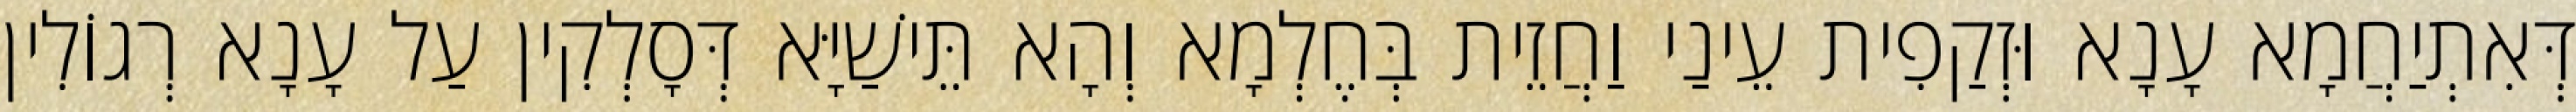
דְּאִתְיַחֲמָא עָנָא וּזְקַפִית עֵינַי וַחֲזֵית בְּחֶלְמָא וְהָא תֵּישַׁיָּא דְּסָלְקִין עַל עָנָא רְגוֹלִין